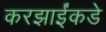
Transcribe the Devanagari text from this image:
करझाईंकडे